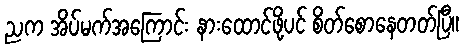
ညက အိပ်မက်အကြောင်း နားထောင်ဖို့ပင် စိတ်စောနေတတ်ပြီ။